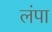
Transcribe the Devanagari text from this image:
लंपा